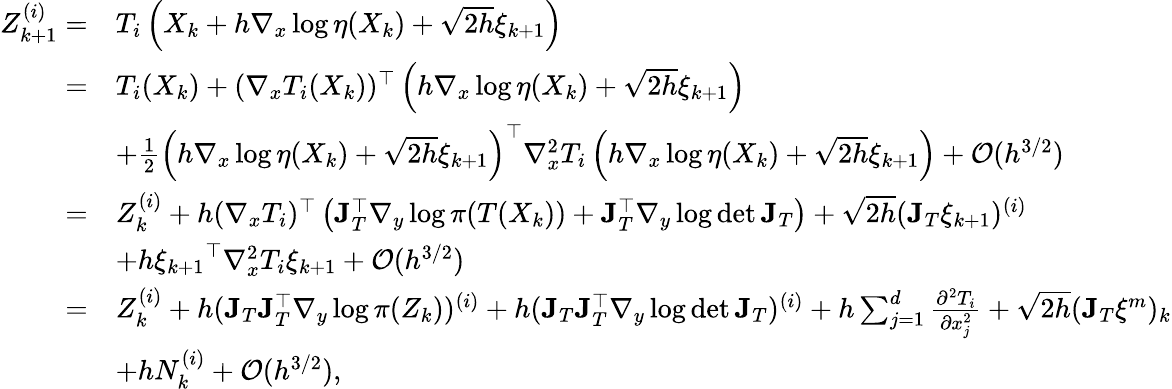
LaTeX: \begin{array}{rl}{Z_{k+1}^{(i)}=}&{T_{i}\left(X_{k}+h\nabla_{x}\log\eta(X_{k})+\sqrt{2h}\xi_{k+1}\right)}\\ {=}&{T_{i}(X_{k})+(\nabla_{x}T_{i}(X_{k}))^{\top}\left(h\nabla_{x}\log\eta(X_{k})+\sqrt{2h}\xi_{k+1}\right)}\\ &{+\frac{1}{2}\left(h\nabla_{x}\log\eta(X_{k})+\sqrt{2h}\xi_{k+1}\right)^{\top}\nabla_{x}^{2}T_{i}\left(h\nabla_{x}\log\eta(X_{k})+\sqrt{2h}\xi_{k+1}\right)+\mathcal{O}(h^{3/2})}\\ {=}&{Z_{k}^{(i)}+h(\nabla_{x}T_{i})^{\top}\left(\mathbf{J}_{T}^{\top}\nabla_{y}\log\pi(T(X_{k}))+\mathbf{J}_{T}^{\top}\nabla_{y}\log\operatorname*{det}\mathbf{J}_{T}\right)+\sqrt{2h}(\mathbf{J}_{T}\xi_{k+1})^{(i)}}\\ &{+h{\xi_{k+1}}^{\top}\nabla_{x}^{2}T_{i}\xi_{k+1}+\mathcal{O}(h^{3/2})}\\ {=}&{Z_{k}^{(i)}+h(\mathbf{J}_{T}\mathbf{J}_{T}^{\top}\nabla_{y}\log\pi(Z_{k}))^{(i)}+h(\mathbf{J}_{T}\mathbf{J}_{T}^{\top}\nabla_{y}\log\operatorname*{det}\mathbf{J}_{T})^{(i)}+h\sum_{j=1}^{d}\frac{\partial^{2}T_{i}}{\partial x_{j}^{2}}+\sqrt{2h}(\mathbf{J}_{T}\xi^{m})_{k}}\\ &{+hN_{k}^{(i)}+\mathcal{O}(h^{3/2}),}\end{array}